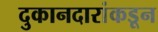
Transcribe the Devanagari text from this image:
दुकानदारांकडून